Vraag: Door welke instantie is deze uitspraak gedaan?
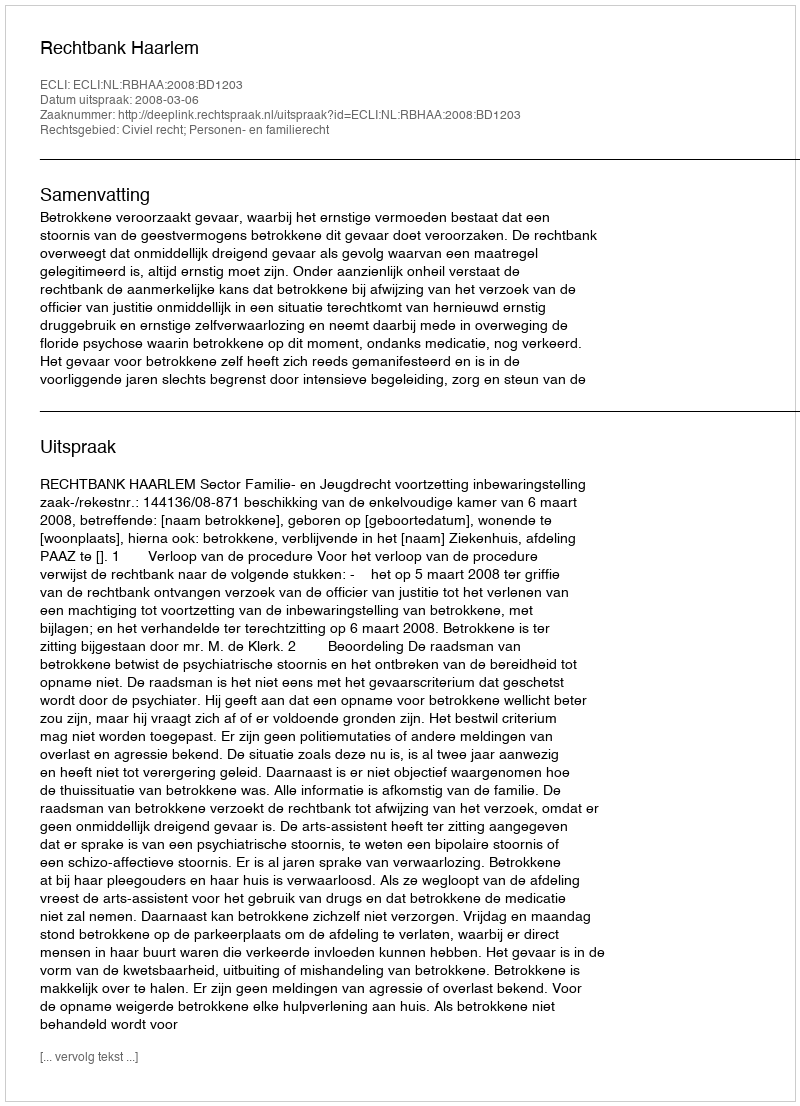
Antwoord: Rechtbank Haarlem